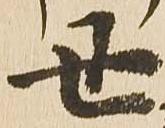
丑